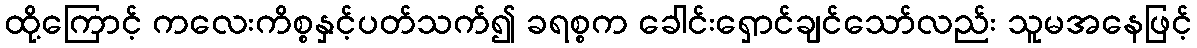
ထို့ကြောင့် ကလေးကိစ္စနှင့်ပတ်သက်၍ ခရစ္စက ခေါင်းရှောင်ချင်သော်လည်း သူမအနေဖြင့်